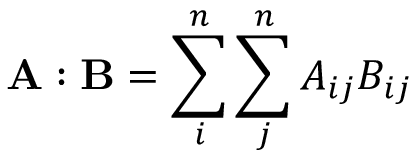
\displaystyle \mathbf { A } : \mathbf { B } = \sum _ { i } ^ { n } \sum _ { j } ^ { n } A _ { i j } B _ { i j }